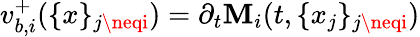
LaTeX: v_{b,i}^{+}(\{ x\} _{j\neqi})=\partial_{t}\mathbf{M}_{i}(t,\{ x_{j}\} _{j\neqi})